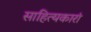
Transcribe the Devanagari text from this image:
साहित्यकारां